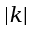
| k |